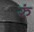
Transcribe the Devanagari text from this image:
रुं